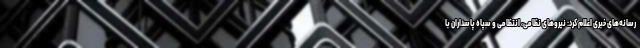
رسانه‌های خبری اعلام کرد: نیروهای نظامی، انتظامی و سپاه پاسداران با